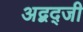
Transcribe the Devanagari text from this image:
अद्बद्जी